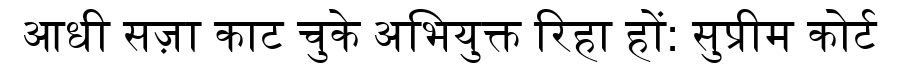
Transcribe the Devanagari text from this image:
आधी सज़ा काट चुके अभियुक्त रिहा हों: सुप्रीम कोर्ट